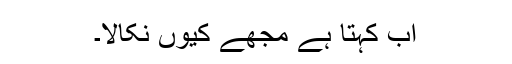
اب کہتا ہے مجھے کیوں نکالا۔